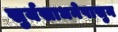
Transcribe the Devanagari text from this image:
सुर्यसाधनेपासुन